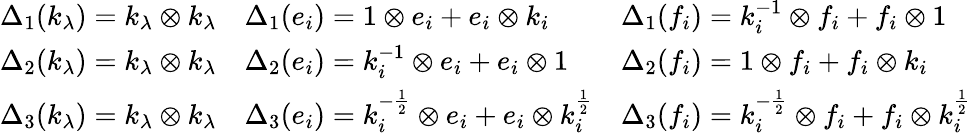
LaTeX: {\begin{array}{lll}{\Delta_{1}(k_{\lambda})=k_{\lambda}\otimes k_{\lambda}}&{\Delta_{1}(e_{i})=1\otimes e_{i}+e_{i}\otimes k_{i}}&{\Delta_{1}(f_{i})=k_{i}^{-1}\otimes f_{i}+f_{i}\otimes 1}\\ {\Delta_{2}(k_{\lambda})=k_{\lambda}\otimes k_{\lambda}}&{\Delta_{2}(e_{i})=k_{i}^{-1}\otimes e_{i}+e_{i}\otimes 1}&{\Delta_{2}(f_{i})=1\otimes f_{i}+f_{i}\otimes k_{i}}\\ {\Delta_{3}(k_{\lambda})=k_{\lambda}\otimes k_{\lambda}}&{\Delta_{3}(e_{i})=k_{i}^{-{\frac{1}{2}}}\otimes e_{i}+e_{i}\otimes k_{i}^{\frac{1}{2}}}&{\Delta_{3}(f_{i})=k_{i}^{-{\frac{1}{2}}}\otimes f_{i}+f_{i}\otimes k_{i}^{\frac{1}{2}}}\end{array}}